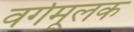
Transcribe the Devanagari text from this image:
वर्गमूलक